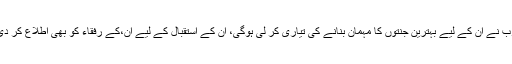
یقینا میرے رب نے ان کے لیے بہترین جنتوں کا مہمان بنانے کی تیاری کر لی ہوگی، ان کے استقبال کے لیے ان،کے رفقاء کو بھی اطلاع کر دی گئی ہوگی ۔